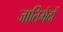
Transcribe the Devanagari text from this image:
जातिभेदों